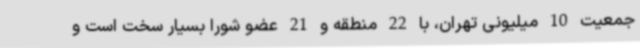
جمعیت 10 میلیونی تهران، با 22 منطقه و 21 عضو شورا بسیار سخت است و